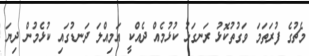
މެޗުގެ ފުރަތަމަ ވަގުތުކޮޅު ރަނގަޅު ކުޅުމެއް ދެއްކީ އަމިއްލަ ދަނޑުގައި ކުޅެމުން ދިޔަ